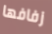
زفافها